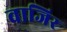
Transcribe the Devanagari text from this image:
वाजिर